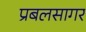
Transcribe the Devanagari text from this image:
प्रबलसागर